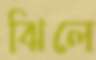
ঝিলে